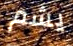
يشم